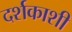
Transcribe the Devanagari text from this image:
दर्शकाशी